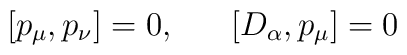
[p_{\mu}, p_{\nu}] = 0 ,~~~~~[D_{\alpha}, p_{\mu}] = 0